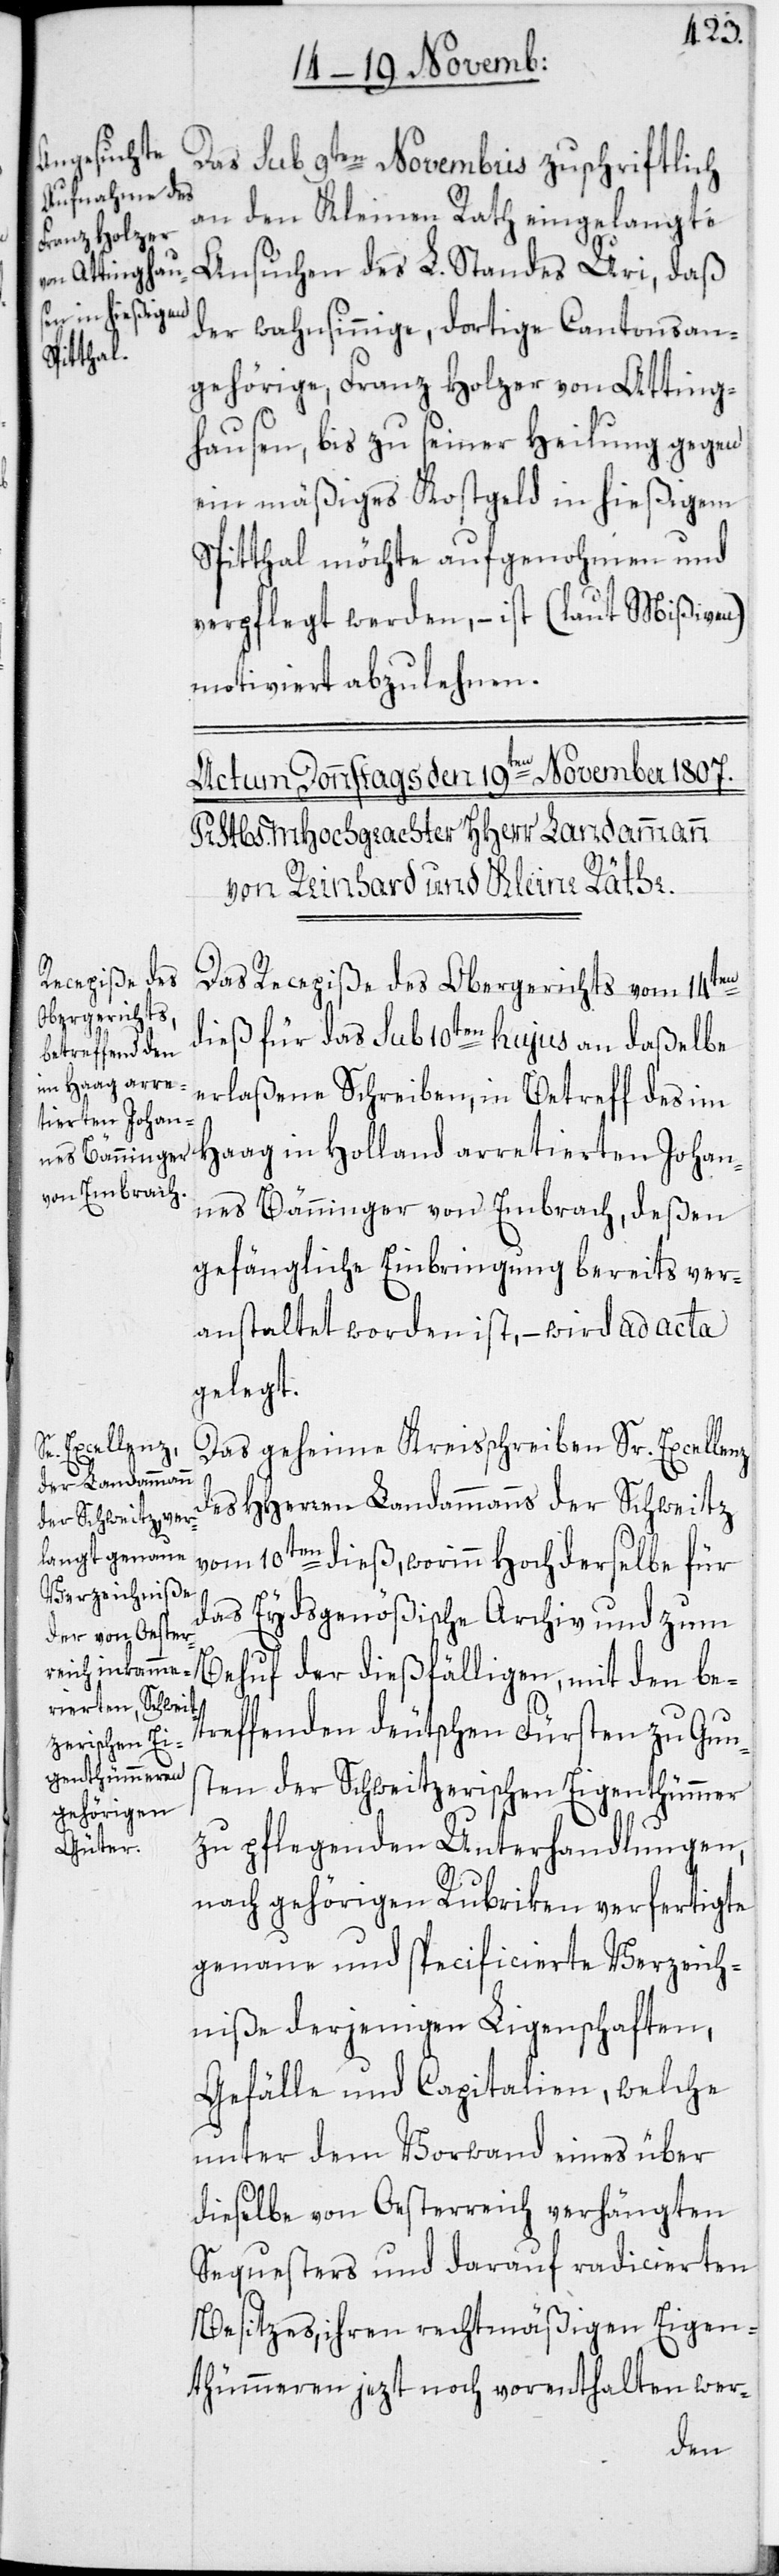
Das sub 9ten Novembris zuschriftlich
an den Kleinen Rath eingelangte
Ansuchen des L. Standes Uri, daß
der wahnsinnige, dortige Cantonsan¬
gehörige, Franz Holzer von Atting¬
hausen, bis zu seiner Heilung gegen
ein mäßiges Kostgeld in hießigem
Spitthal möchte aufgenohmen und
verpflegt werden, – ist (laut Mißiven)
motiviert abzulehnen.
Das Recepiße des Obergerichts vom 14ten
dieß für das sub 10ten hujus an daßelbe
erlaßene Schreiben, in Betreff des im
Haag in Holland arretierten Johan¬
nes Bänninger von Embrach, deßen
gefängliche Einbringung bereits ver¬
anstaltet worden ist, – wird ad acta
gelegt.
Das geheime Kreisschreiben Sr. Excellenz
des HHerren Landammanns der Schweitz
vom 10ten dieß, worinn Hochderselbe für
das Eydsgenößische Archiv und zum
Behuf der dießfälligen, mit den be¬
treffenden deutschen Fürsten zu Guns¬
ten der Schweitzerischen Eigenthümmer
zu pflegenden Unterhandlungen,
nach gehörigen Rubriken verfertigte
genaue und specificierte Verzeich¬
niße derjenigen Ligenschaften,
Gefälle und Capitalien, welche
unter dem Vorwand eines über
dieselbe von Oesterreich verhängten
Sequesters und darauf radicierten
Besitzes, ihren rechtmäßigen Eigen¬
thümmeren jezt noch vorenthalten wer-